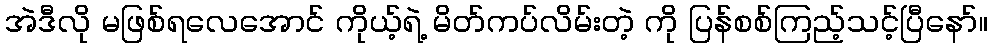
အဲဒီလို မဖြစ်ရလေအောင် ကိုယ့်ရဲ့ မိတ်ကပ်လိမ်းတဲ့ ကို ပြန်စစ်ကြည့်သင့်ပြီနော်။